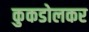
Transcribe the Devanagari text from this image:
कुकडोलकर